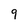
Character: 9